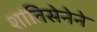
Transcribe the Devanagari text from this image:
शांतिसेनेने